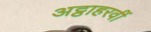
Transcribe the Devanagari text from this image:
अट्ठाहरवीं